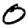
Digit: 0